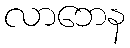
လာဘေန